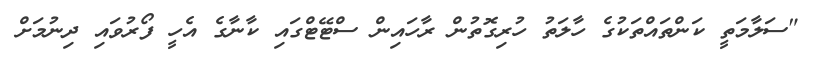
"ސަލާމަތީ ކަންތައްތަކުގެ ހާލަތު ހުރިގޮތުން ރާހައިން ސްޓޭޓްގައި ކާނާގެ އެހީ ފޯރުވައި ދިނުމަށް